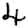
Digit: 4